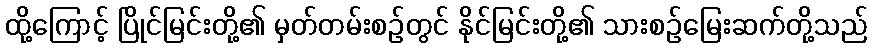
ထို့ကြောင့် ပြိုင်မြင်းတို့၏ မှတ်တမ်းစဉ်တွင် နိုင်မြင်းတို့၏ သားစဉ်မြေးဆက်တို့သည်